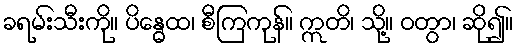
ခရမ်းသီးကို။ ပိန္ဓေထ၊ စီကြကုန်။ ဣတိ၊ သို့။ ဝတွာ၊ ဆို၍။